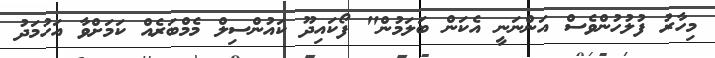
މިހާރު ފުލުހުންވެސް އަންނަނީ އެކަން ބަލަމުން" ފޯކައިދޫ ކައުންސިލް މެމްބަރެއް ކަމަށްވާ އަހުމަދު